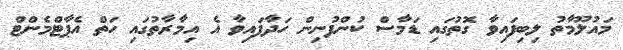
މައުލޫމާތު ލިބިފައިވާ ގޮތުގައި ޑަމާސް ކުންފުނިން ހަދާފައިވާ އެ އިމާރާތުގައި ހަތް އެޕާޓްމެންޓް